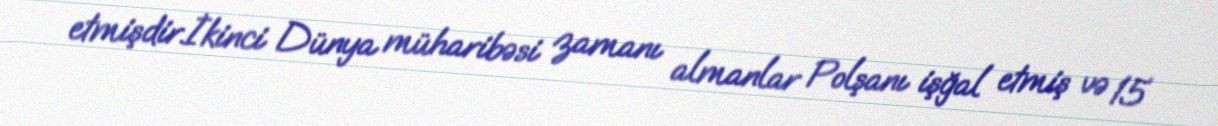
etmişdir.İkinci Dünya müharibəsi zamanı almanlar Polşanı işğal etmiş və 15